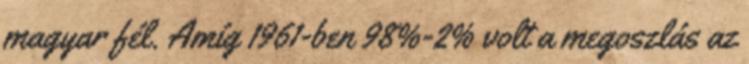
magyar fél. Amíg 1961-ben 98%-2% volt a megoszlás az